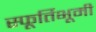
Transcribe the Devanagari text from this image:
स्फूर्तिभूमी